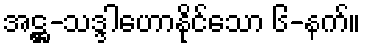
အဋ္ဌ-သဒ္ဒါဟောနိုင်သော ၆-နက်။